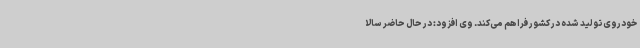
خودروی تولید شده در کشور فراهم می‌کند. وی افزود: در حال حاضر سالا